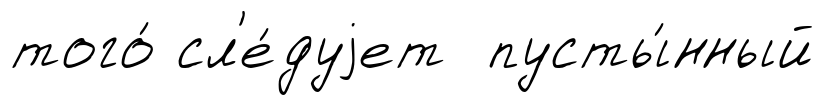
того́ сл'е́дуjет пусты́нный